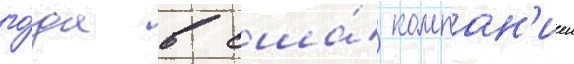
го́да в сша́ компан'иеи